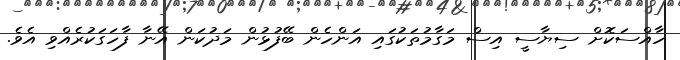
ހާއްސަކޮށް ސިޔާސީ އިސް މަގާމުތަކުގައި އަންހެން ބޭފުޅުން މަދުކަން އޭނާ ފާހަގަކުރެއްވި އެވެ.